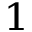
^ 1